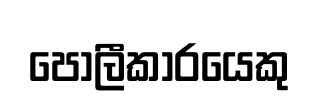
පොලීකාරයෙකු